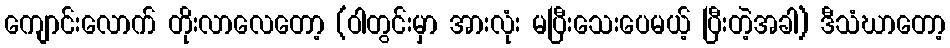
ကျောင်းလောက် တိုးလာလေတော့ (ဝါတွင်းမှာ အားလုံး မပြီးသေးပေမယ့် ပြီးတဲ့အခါ) ဒီသံဃာတော့